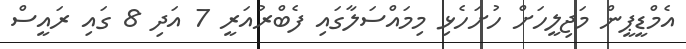
އެމްޑީޕީން މަޖިލީހަށް ހުށަހެޅި މިމައްސަލާގައި ފެބްރުއަރީ 7 އަދި 8 ގައި ރައީސް